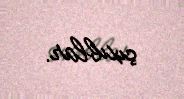
çıxıblar.